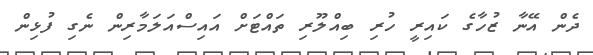
ދެން އޭނާ ޒުހާގެ ކައިރީ ހުރި ބިއްލޫރި ތައްޓަށް އައިސްއަލަމާރިން ނެގި ފުޅިން